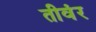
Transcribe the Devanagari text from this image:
तीवंर